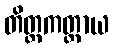
တိတ္တကတ္တာယ